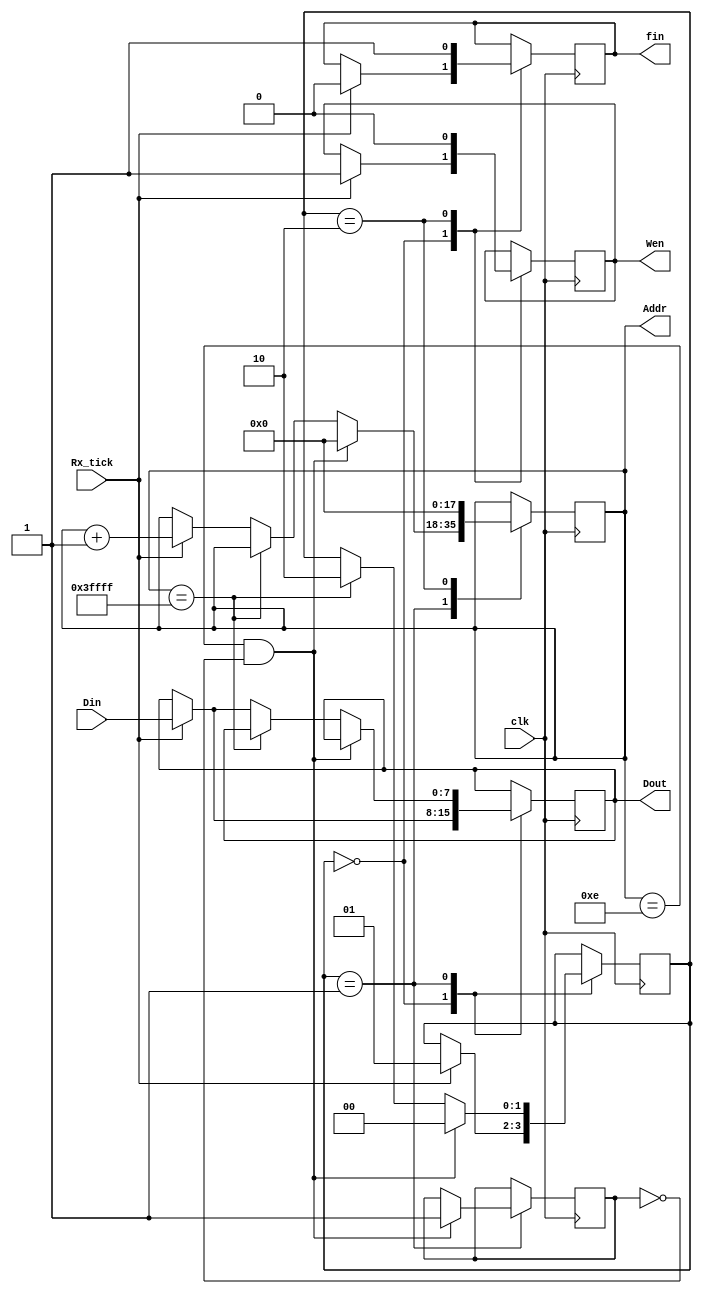
module Data_Writer(clk,Rx_tick,Din,Wen,Addr,Dout,fin);

input Rx_tick,clk;
input [7:0] Din;
output reg [17:0] Addr=18'b0;
output reg [7:0] Dout;
output reg Wen=1'b0;
output reg fin=0; 

reg flag = 0;
reg [1:0] STATE=2'b0;

parameter IDLE=2'b0;
parameter STORING=2'b01;
parameter DONE=2'b10;

always @(posedge clk)
begin
	case(STATE)
		IDLE:
			if(Rx_tick==1)
				begin
				fin<=0;
				Wen<=1;
				Dout<=Din;
				STATE<=STORING;
				end
		STORING:
			if ((Addr==18'd14) & (flag==0))
				begin
				flag<=1;
				Addr<=18'b0;
				STATE<=IDLE;
				end
			else if(Addr==18'd262143) 
				begin
				STATE<=DONE;
				end
			else if(Rx_tick==1)
				begin
				Dout<=Din;
				Addr<=Addr+1;
				end

		DONE:
			begin
			Addr<=0;
			fin<=1;
			Wen<=0;
			end
	endcase	
	
end

endmodule